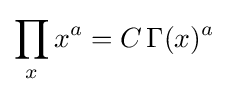
\prod _{x}x^{a}=C\,\Gamma (x)^{a}